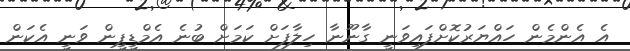
އެ އެންމެން ހައްޔަރުކޮށްފައިވަނީ ގާނޫނާ ހިލާފަށް ކަމަށް ބުނެ އެމްޑީޕީން ވަނީ އެކަން